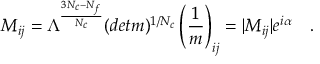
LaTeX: M _ { i j } = \Lambda ^ { { \frac { 3 N _ { c } - N _ { f } } { N _ { c } } } } ( d e t m ) ^ { 1 / N _ { c } } \left( { \frac { 1 } { m } } \right) _ { i j } = | M _ { i j } | e ^ { i \alpha } ~ ~ ~ .